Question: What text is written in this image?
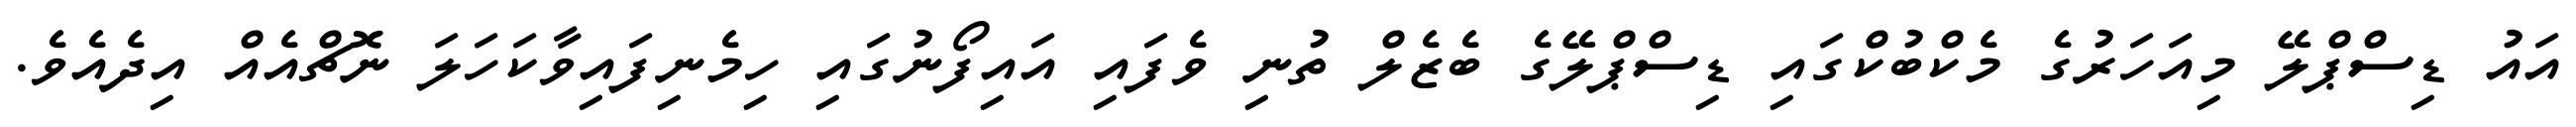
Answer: އައު ޑިސްޕްލޭ މިއަހަރުގެ މެކްބުކްގައި ޑިސްޕްލޭގެ ބެޒެލް ތުނި ވެފައި އައިފޯނުގައި ހިމެނިފައިވާކަހަލަ ނޮޗްއެއް އިދެއެވެ.